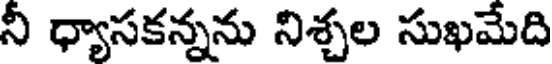
నీ ధ్యాసకన్నను నిశ్చల సుఖమేది